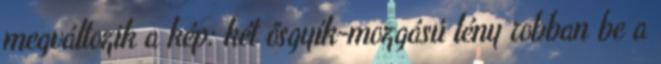
megváltozik a kép: két ősgyík-mozgású lény robban be a